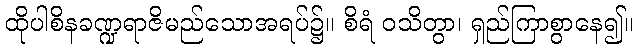
ထိုပါစိနခဏ္ဍရာဇိမည်သောအရပ်၌။ စိရံ ဝသိတွာ၊ ရှည်ကြာစွာနေ၍။